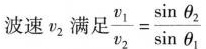
波速v_{2}满足$$\frac { v _ { 1 } } { v _ { 2 } } = \frac { \sin θ _ { 2 } } { \sin θ _ { 1 } }$$